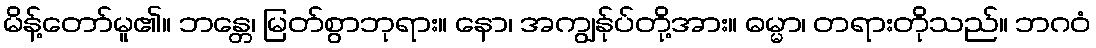
မိန့်တော်မူ၏။ ဘန္တေ၊ မြတ်စွာဘုရား။ နော၊ အကျွန်ုပ်တို့အား။ ဓမ္မာ၊ တရားတိုသည်။ ဘဂဝံ